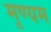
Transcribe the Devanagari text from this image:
मृण्यम